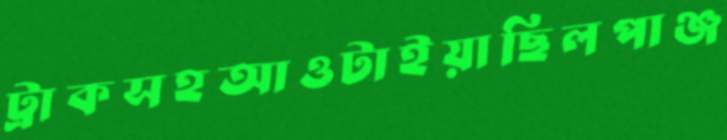
ট্রাকসহআওটাইয়াছিলপাঞ্জ